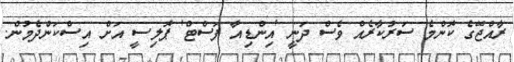
ރާއްޖޭގެ ކޮންމެ ސަރުކާރެއް ވެސް ދަނީ 'އިންޑިއާ ފަސްޓް' ޕޮލިސީ އަށް އިސްކަންދެމުން.